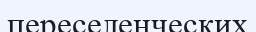
переселенческих